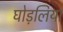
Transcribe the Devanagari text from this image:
घोड़लिया